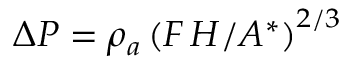
\Delta P = \rho _ { a } \left( F \, H / A ^ { * } \right) ^ { 2 / 3 }